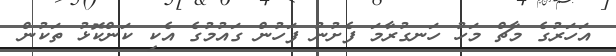
އަހަރުގެ މާޗް މަހު ހަނގުރާމަ ފެށުނު ފަހުން ގައުމުގެ އެކި ކަންކޮޅު ތަކުން